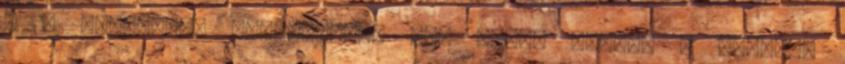
- A bipoláris tranzisztor IV. Poppe András & Székely